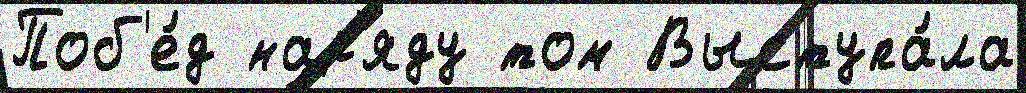
Поб'е́д нар'яду том Выступа́ла